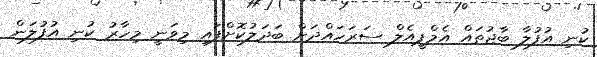
ކުނި އުފުލާ ބާޖުތައް އެމްޕީއެލް ސަރަހައްދަށް ބަދަލުކޮށްފައި މިވަނީ މިހާރު ކުނި އުފުލަން